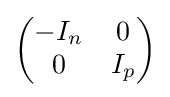
{\begin{pmatrix}-I_{n}&0\\0&I_{p}\end{pmatrix}}